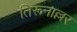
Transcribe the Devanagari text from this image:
तिरूनाल्लर